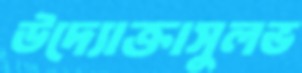
উদ্যোক্তাসুলভ